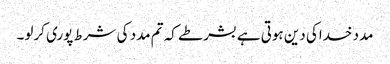
مدد خداکی دین ہوتی ہے بشرطے کہ تم مدد کی شرط پوری کرلو۔